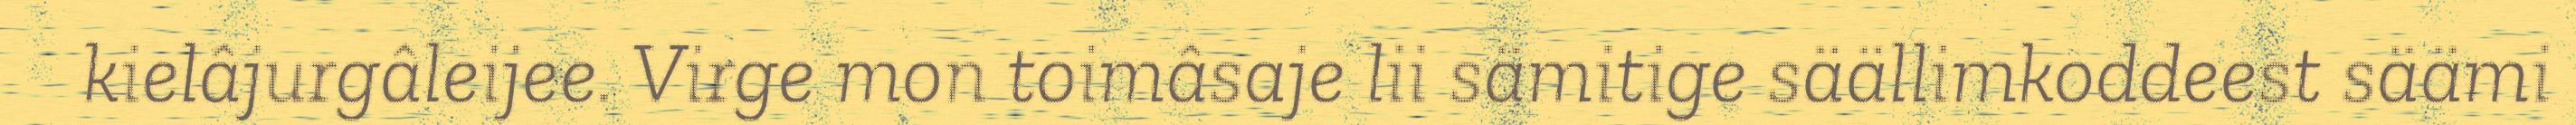
kielâjurgâleijee. Virge mon toimâsaje lii sämitige säällimkoddeest säämi